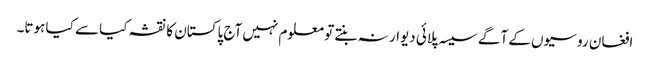
افغان روسیوں کے آگے سیسہ پلائی دیوار نہ بنتے تو معلوم نہیں آج پاکستان کا نقشہ کیا سے کیا ہوتا۔